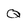
Character: Q